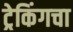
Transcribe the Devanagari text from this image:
ट्रेकिंगचा